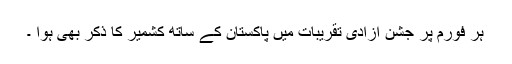
ہر فورم پر جشن آزادی تقریبات میں پاکستان کے ساتھ کشمیر کا ذکر بھی ہوا ۔